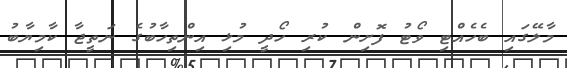
މާލޭގައި ބެހެއްޓި ވޯޓު ފޮށިން ކުރި ހޯދީ މުޅި އިންތިހާބުގެ ނަތީޖާ ކާމިޔާބު